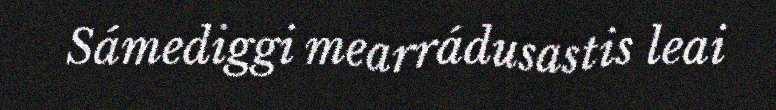
Sámediggi mearrádusastis leai